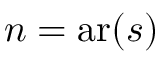
n = \operatorname { a r } ( s )